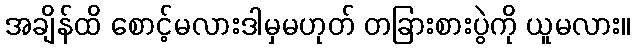
အချိန်ထိ စောင့်မလားဒါမှမဟုတ် တခြားစားပွဲကို ယူမလား။